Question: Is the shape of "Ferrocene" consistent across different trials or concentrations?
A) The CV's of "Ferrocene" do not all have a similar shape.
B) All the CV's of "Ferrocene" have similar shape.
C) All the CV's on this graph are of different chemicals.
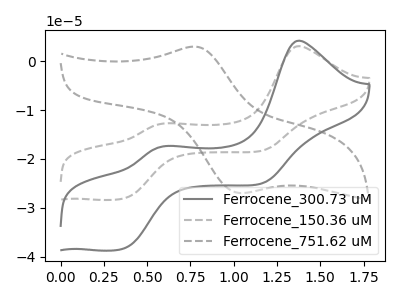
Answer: <think>The gray curve "Ferrocene_300.73 uM" has anodic peaks at (1.40V, 4.20uA) (0.60V, -17.40uA) and cathodic peaks at (0.35V, -38.30uA) (1.15V, -25.00uA). The gray dashed curve "Ferrocene_150.36 uM" has anodic peaks at (1.40V, 3.05uA) (0.60V, -12.75uA) and cathodic peaks at (0.35V, -28.05uA) (1.15V, -18.30uA). The gray dashed curve "Ferrocene_751.62 uM" has an anodic peak at (0.75V, 2.95uA) and a cathodic peak at (1.05V, -27.00uA).
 All the peaks in "Ferrocene_300.73 uM" have a peak in "Ferrocene_150.36 uM" at the same potential. "Ferrocene_300.73 uM" and "Ferrocene_751.62 uM" have a different number of peaks. "Ferrocene_150.36 uM" and "Ferrocene_751.62 uM" have a different number of peaks.</think>
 <answer>B) All the CV's of "Ferrocene" have similar shape.</answer>
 <eval>B</eval>